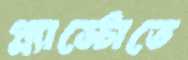
প্ল্যাস্টোতে